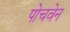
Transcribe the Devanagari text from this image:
पोचवेन